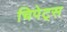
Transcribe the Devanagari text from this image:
चिपेट्स